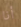
أنا